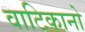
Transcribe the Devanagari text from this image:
वाटिकानो